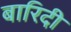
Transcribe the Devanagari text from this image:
बारिदी